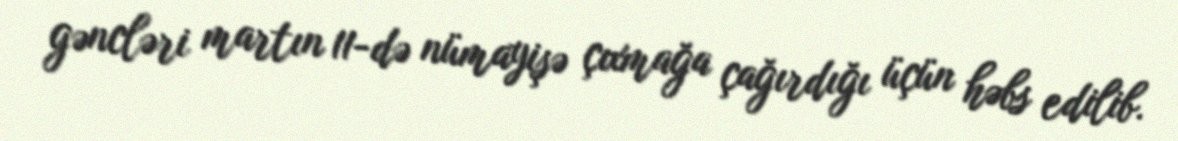
gəncləri martın 11-də nümayişə çıxmağa çağırdığı üçün həbs edilib.